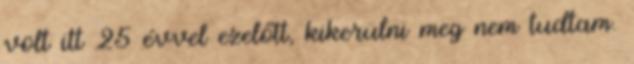
volt itt 25 évvel ezelőtt, kikerülni meg nem tudtam.